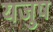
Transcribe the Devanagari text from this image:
यजुष